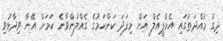
ދިގު މުއްދަތުގައި އެމްޕީއެލް އަށް މިފަދަ ކަންކަމުގެ ގެއްލުންވާނެ ކަމަށް އޭނާ ވިދާޅުވި